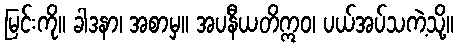
မြင်းကို။ ခါဒနာ၊ အစာမှ။ အပနီယတိဣဝ၊ ပယ်အပ်သကဲ့သို့။